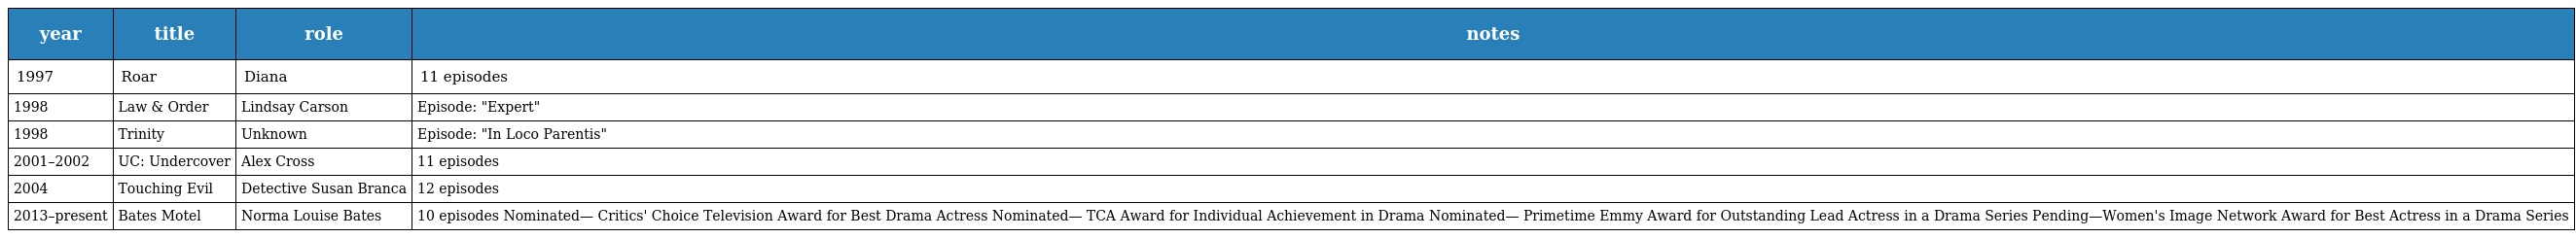
| year | title | role | notes |
 | --- | --- | --- | --- |
 | 1997 | Roar | Diana | 11 episodes |
 | 1998 | Law & Order | Lindsay Carson | Episode: "Expert" |
 | 1998 | Trinity | Unknown | Episode: "In Loco Parentis" |
 | 2001–2002 | UC: Undercover | Alex Cross | 11 episodes |
 | 2004 | Touching Evil | Detective Susan Branca | 12 episodes |
 | 2013–present | Bates Motel | Norma Louise Bates | 10 episodes Nominated— Critics' Choice Television Award for Best Drama Actress Nominated— TCA Award for Individual Achievement in Drama Nominated— Primetime Emmy Award for Outstanding Lead Actress in a Drama Series Pending—Women's Image Network Award for Best Actress in a Drama Series |